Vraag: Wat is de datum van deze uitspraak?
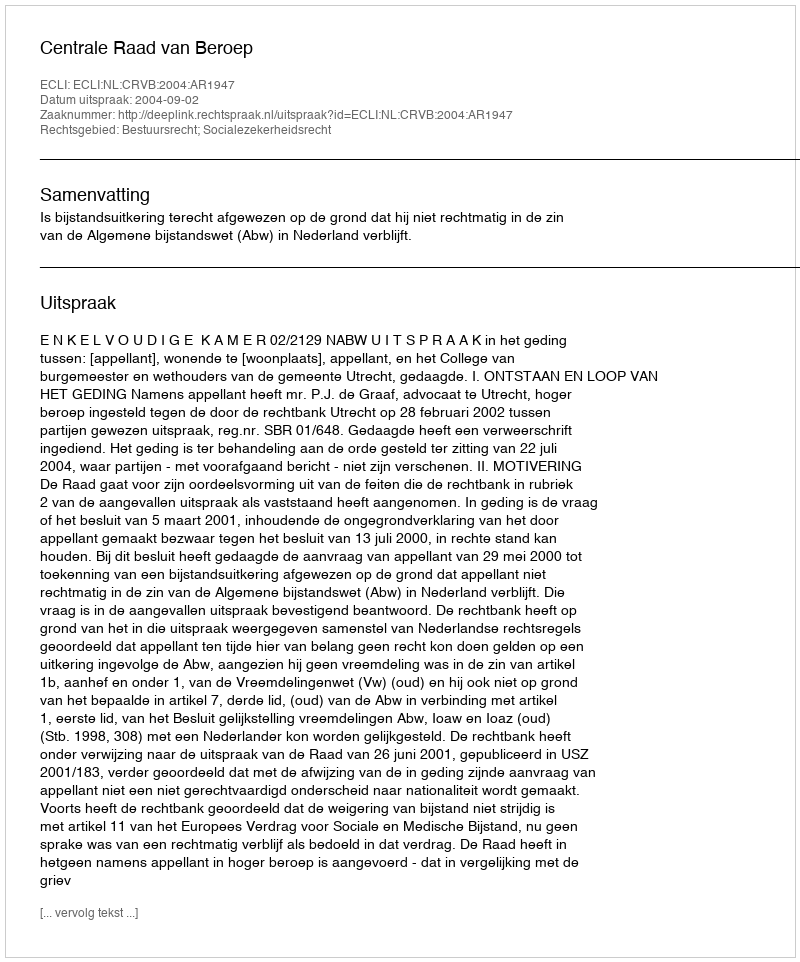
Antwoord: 2004-09-02